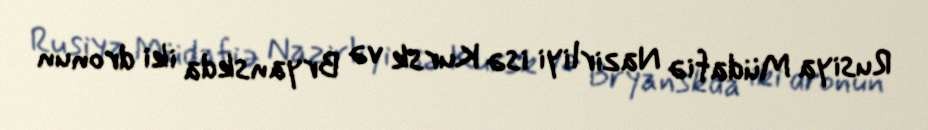
Rusiya Müdafiə Nazirliyi isə Kursk və Bryanskda iki dronun